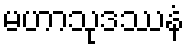
မဟာသုဒဿနံ